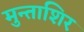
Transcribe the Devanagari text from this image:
मुन्ताशिर